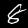
Digit: 8